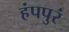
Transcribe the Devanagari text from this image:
हंपपुरं